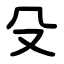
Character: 殳